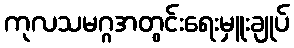
ကုလသမဂ္ဂအတွင်းရေးမှူးချုပ်